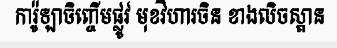
ការ៉ូឡាចិញ្ចើមផ្លូវ មុខវិហារចិន ខាងលិចស្ពាន